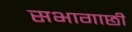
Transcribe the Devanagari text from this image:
सभागाछी